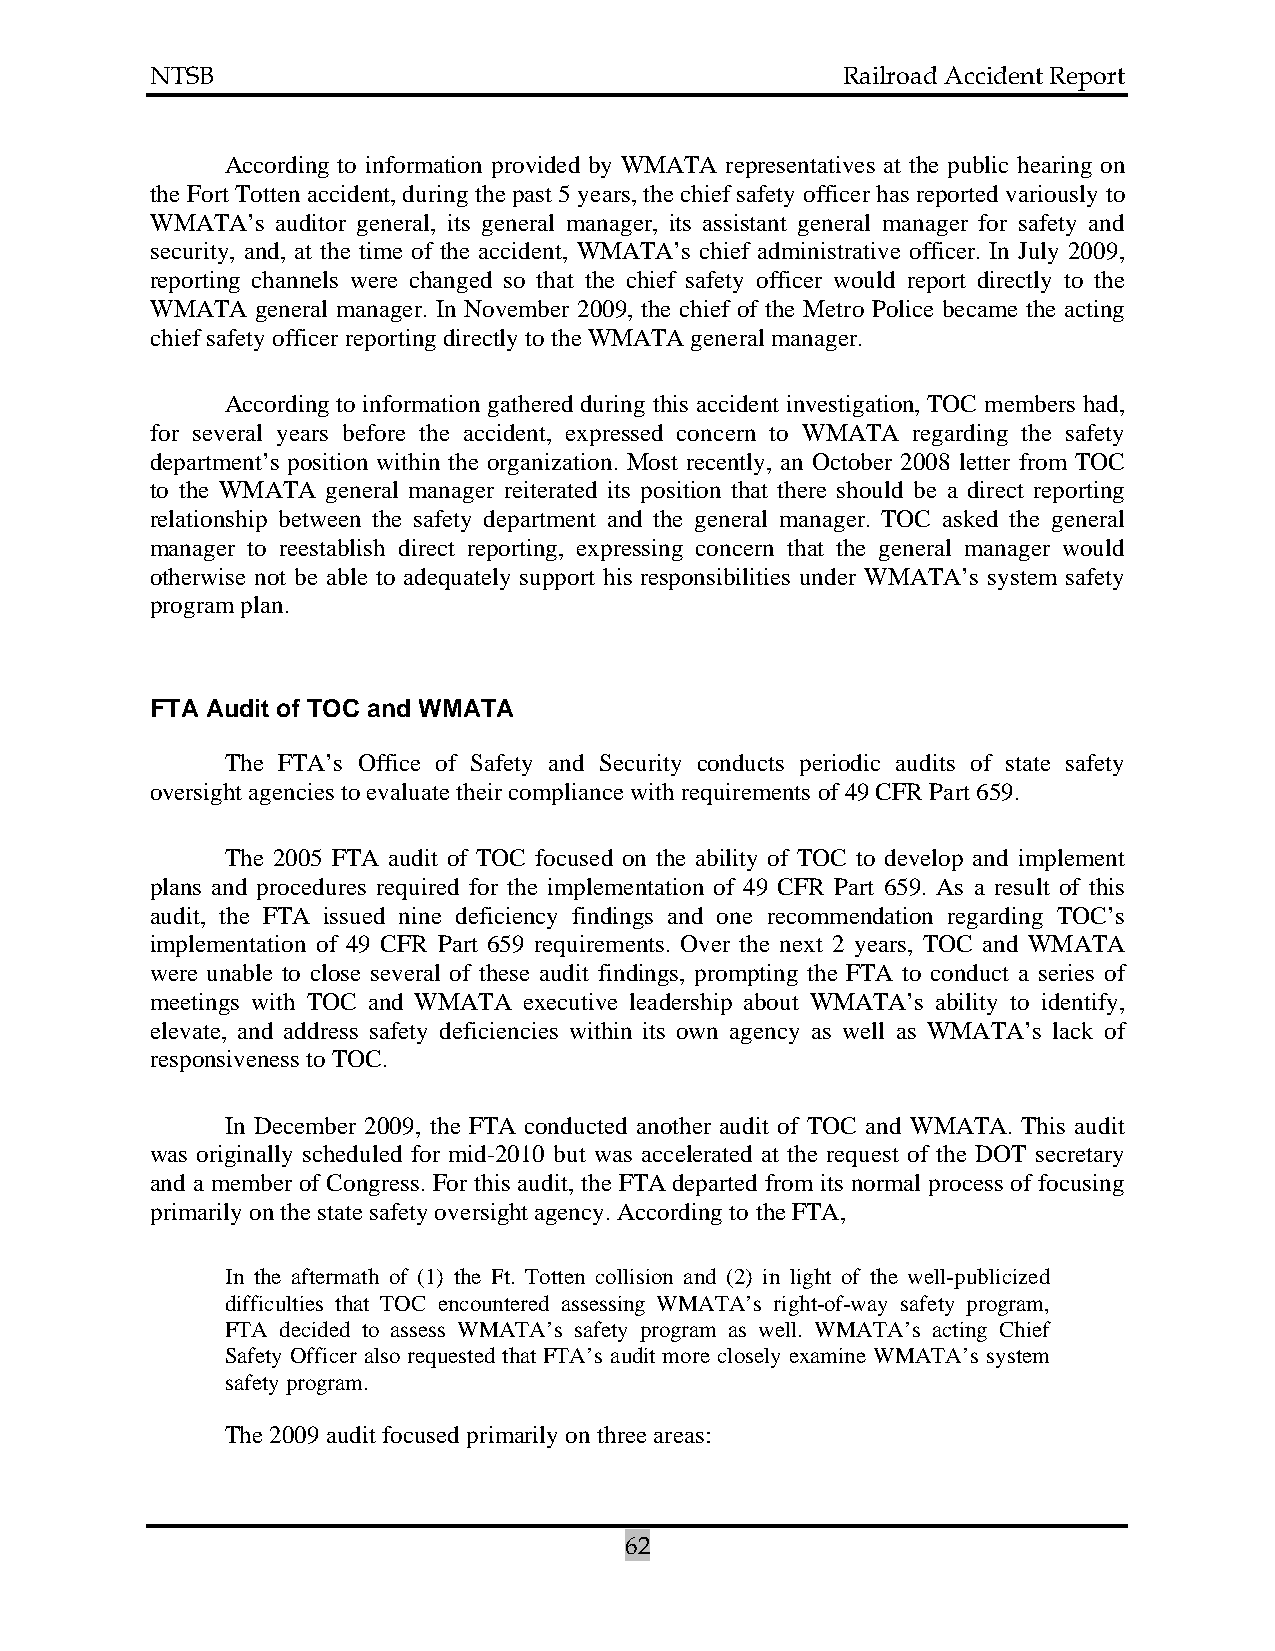
NTSB                                          Railroad Accident Report
 According to information provided by WMATA representatives at the public hearing on
 the Fort Totten accident, during the past 5 years, the chief safety officer has reported variously to
 WMATA’s auditor general, its general manager, its assistant general manager for safety and
 security, and, at the time of the accident, WMATA’s chief administrative officer. In July 2009,
 reporting channels were changed so that the chief safety officer would report directly to the
 WMATA  general manager. In November 2009, the chief of the Metro Police became the acting
 chief safety officer reporting directly to the WMATA general manager.
 According to information gathered during this accident investigation, TOC members had,
 for several years before the accident, expressed concern to WMATA regarding the safety
 department’s position within the organization. Most recently, an October 2008 letter from TOC
 to the WMATA general manager reiterated its position that there should be a direct reporting
 relationship between the safety department and the general manager. TOC asked the general
 manager to reestablish direct reporting, expressing concern that the general manager would
 otherwise not be able to adequately support his responsibilities under WMATA’s system safety
 program plan.
 FTA Audit of TOC and WMATA
 The FTA’s Office of Safety and Security conducts periodic audits of state safety
 oversight agencies to evaluate their compliance with requirements of 49 CFR Part 659.
 The 2005 FTA audit of TOC focused on the ability of TOC to develop and implement
 plans and procedures required for the implementation of 49 CFR Part 659. As a result of this
 audit, the FTA issued nine deficiency findings and one recommendation regarding TOC’s
 implementation of 49 CFR Part 659 requirements. Over the next 2 years, TOC and WMATA
 were unable to close several of these audit findings, prompting the FTA to conduct a series of
 meetings with TOC and WMATA executive leadership about WMATA’s ability to identify,
 elevate, and address safety deficiencies within its own agency as well as WMATA’s lack of
 responsiveness to TOC.
 In December 2009, the FTA conducted another audit of TOC and WMATA. This audit
 was originally scheduled for mid-2010 but was accelerated at the request of the DOT secretary
 and a member of Congress. For this audit, the FTA departed from its normal process of focusing
 primarily on the state safety oversight agency. According to the FTA,
 In the aftermath of (1) the Ft. Totten collision and (2) in light of the well-publicized
 difficulties that TOC encountered assessing WMATA’s right-of-way safety program,
 FTA decided to assess WMATA’s safety program as well. WMATA’s acting Chief
 Safety Officer also requested that FTA’s audit more closely examine WMATA’s system
 safety program.
 The 2009 audit focused primarily on three areas:
 62